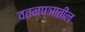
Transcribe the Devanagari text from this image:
वतनपञातील